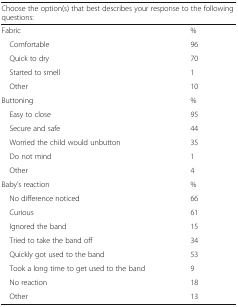
| <COLSPAN=2> Choose the option(s) that best describes your response to the following questions: |
 | --- | --- |
 | Fabric | % |
 | Comfortable | 96 |
 | Quick to dry | 70 |
 | Started to smell | 1 |
 | Other | 10 |
 | Buttoning | % |
 | Easy to close | 95 |
 | Secure and safe | 44 |
 | Worried the child would unbutton | 35 |
 | Do not mind | 1 |
 | Other | 4 |
 | Baby’s reaction | % |
 | No difference noticed | 66 |
 | Curious | 61 |
 | Ignored the band | 15 |
 | Tried to take the band off | 34 |
 | Quickly got used to the band | 53 |
 | Took a long time to get used to the band | 9 |
 | No reaction | 18 |
 | Other | 13 |